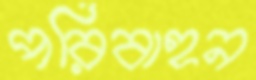
পরিবাহন